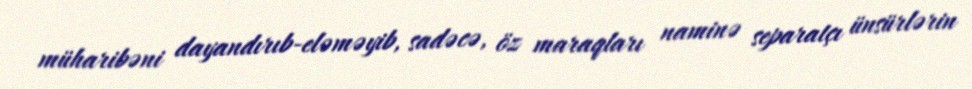
müharibəni dayandırıb-eləməyib, sadəcə, öz maraqları naminə separatçı ünsürlərin